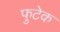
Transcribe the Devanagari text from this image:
फुटेक